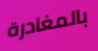
بالمغادرة